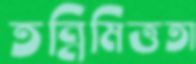
তন্নিমিত্ততা